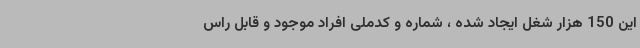
این 150 هزار شغل ایجاد شده ، شماره و کدملی افراد موجود و قابل راس